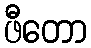
ဖီတော